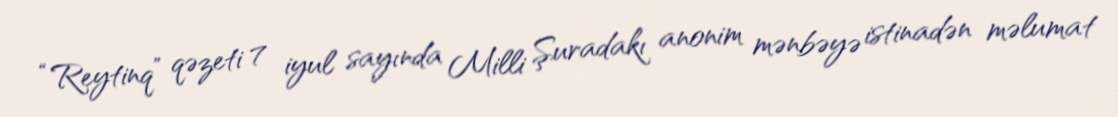
“Reytinq” qəzeti 7 iyul sayında Milli Şuradakı anonim mənbəyə istinadən məlumat